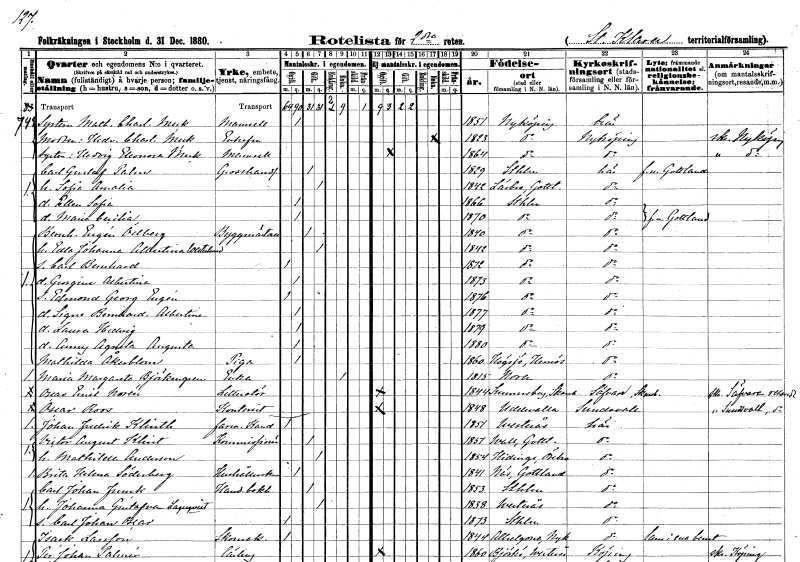
gt_parse: households: individuals: FN: Mathilda Charlotta
EN: Meck
KON: K
CIV: O
FODAR: 1851
FODFORS: Nyköping Södermanlands län
FN: Hedvig Charlotta
EN: Meck
KON: K
CIV: E
FODAR: 1823
FODFORS: Nyköping Södermanlands län
FN: Hedvig Eleonora
EN: Meck
KON: K
CIV: O
FODAR: 1864
FODFORS: Nyköping Södermanlands län
FN: Carl Gustaf
EN: Palm
YRKE: Grosshandlare
KON: M
CIV: G
FODAR: 1829
FODFORS: Stockholm
FN: Sofia Amalia
KON: K
CIV: G
FODAR: 1842
FODFORS: Lärbro Gotlands län
FN: Ellen Sofia
KON: K
CIV: O
FODAR: 1866
FODFORS: Stockholm
FN: Maria Cecilia
KON: K
CIV: O
FODAR: 1870
FODFORS: Stockholm
FN: Bernhard Eugén
EN: Ödberg
YRKE: Byggmästare
KON: M
CIV: G
FODAR: 1840
FODFORS: Stockholm
FN: Edla Johanna Albertina
EN: Westerlund
KON: K
CIV: G
FODAR: 1842
FODFORS: Stockholm
FN: Carl Bernhard
KON: M
CIV: O
FODAR: 1872
FODFORS: Stockholm
FN: Georgina Albertina
KON: K
CIV: O
FODAR: 1873
FODFORS: Stockholm
FN: Edmond Georg Eugén
KON: M
CIV: O
FODAR: 1876
FODFORS: Stockholm
FN: Signe Bernhardina Albertina
KON: K
CIV: O
FODAR: 1877
FODFORS: Stockholm
FN: Laura Hedvig
KON: K
CIV: O
FODAR: 1879
FODFORS: Stockholm
FN: Anny Agneta Augusta
KON: K
CIV: O
FODAR: 1880
FODFORS: Stockholm
FN: Mathilda
EN: Åkerblom
YRKE: Piga
KON: K
CIV: O
FODAR: 1860
FODFORS: Högsjö Västernorrlands län
FN: Maria Margareta
EN: Björkengren
YRKE: Änka
KON: K
CIV: E
FODAR: 1815
FODFORS: Nora Örebro län
FN: Oscar Emil
EN: Norén
YRKE: Litteratör
KON: M
CIV: O
FODAR: 1844
FODFORS: Sunnersberg Skaraborgs län
FN: Oscar
EN: Roos
YRKE: Kontorist
KON: M
CIV: O
FODAR: 1848
FODFORS: Uddevalla Göteborgs- och Bohuslän
FN: Johan Fredrik
EN: Klinth
YRKE: Farm. kandidat
KON: M
CIV: O
FODAR: 1851
FODFORS: Västerås Västmanlands län
FN: Viktor August
EN: Klint
YRKE: Kommissionär
KON: M
CIV: G
FODAR: 1851
FODFORS: Vall Gotlands län
FN: Mathilda
EN: Andersson
KON: K
CIV: G
FODAR: 1854
FODFORS: Hidinge Örebro län
FN: Brita Helena
EN: Söderberg
YRKE: Hushållerska
KON: K
CIV: O
FODAR: 1841
FODFORS: Näs Gotlands län
FN: Carl Johan
EN: Funck
YRKE: Handelsbokhållare
KON: M
CIV: G
FODAR: 1853
FODFORS: Stockholm
FN: Johanna Gustafva
EN: Lagerqvist
KON: K
CIV: G
FODAR: 1838
FODFORS: Västerås Västmanlands län
FN: Carl Johan Oscar
KON: M
CIV: O
FODAR: 1873
FODFORS: Stockholm